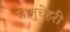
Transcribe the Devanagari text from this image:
मानुचेहरी